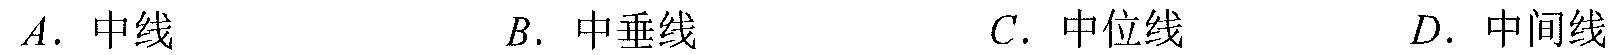
\(A\). 中线\(\qquad B\). 中垂线\(\qquad C\). 中位线\(\qquad D\). 中间线